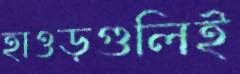
হাওড়গুলিই